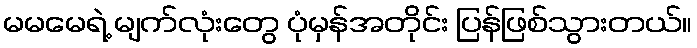
မမမေရဲ့ မျက်လုံးတွေ ပုံမှန်အတိုင်း ပြန်ဖြစ်သွားတယ်။